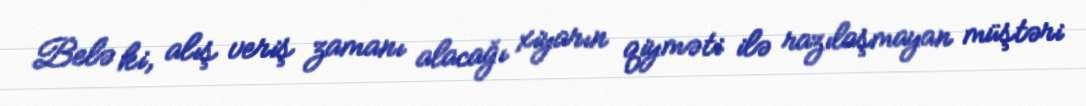
Belə ki, alış veriş zamanı alacağı xiyarın qiyməti ilə razılaşmayan müştəri